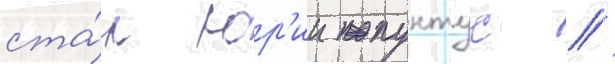
ста́л юр'ии пунтус //